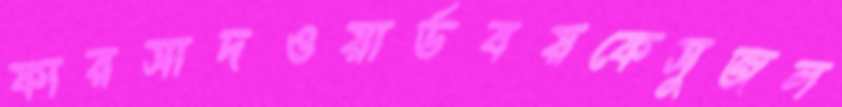
ফারসাদওয়ার্ডবয়কেসুজল